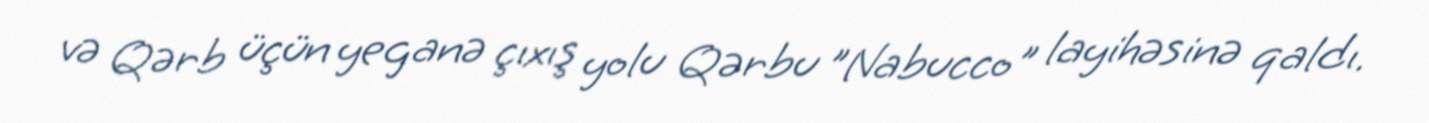
və Qərb üçün yeganə çıxış yolu Qərbu "Nabucco" layihəsinə qaldı.